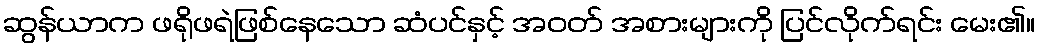
ဆွန်ယာက ဖရိုဖရဲဖြစ်နေသော ဆံပင်နှင့် အဝတ် အစားများကို ပြင်လိုက်ရင်း မေး၏။